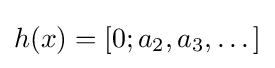
h(x)=[0;a_{2},a_{3},\dots ]